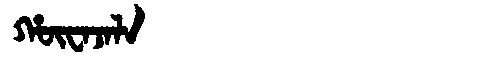
Manchu: ᡥᡡᠸᠠᠵᠠᠯᠠ
Romanization: HŪWAJALA